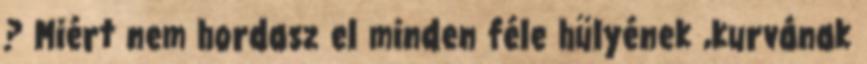
? Miért nem hordasz el minden féle hülyének ,kurvának